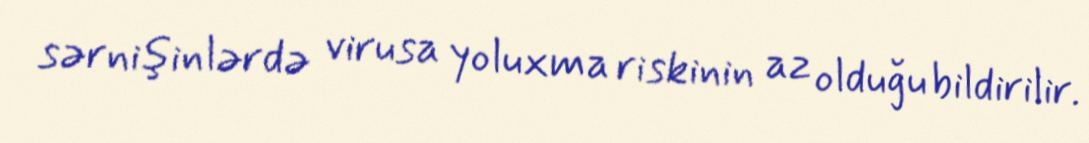
sərnişinlərdə virusa yoluxma riskinin az olduğu bildirilir.